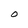
Character: O